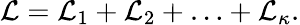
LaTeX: {\cal L}={\cal L}_{1}+{\cal L}_{2}+\ldots+{\cal L}_{\kappa}.